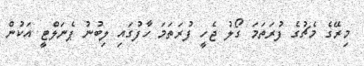
މިރޭގެ މެޗުގެ ފުރަތަމަ ގޯލު ޖެހީ ފުރަތަމަ ހާފުގައި ލިބުނު ޕެނަލްޓީ އަކުން